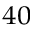
^ { 4 0 }